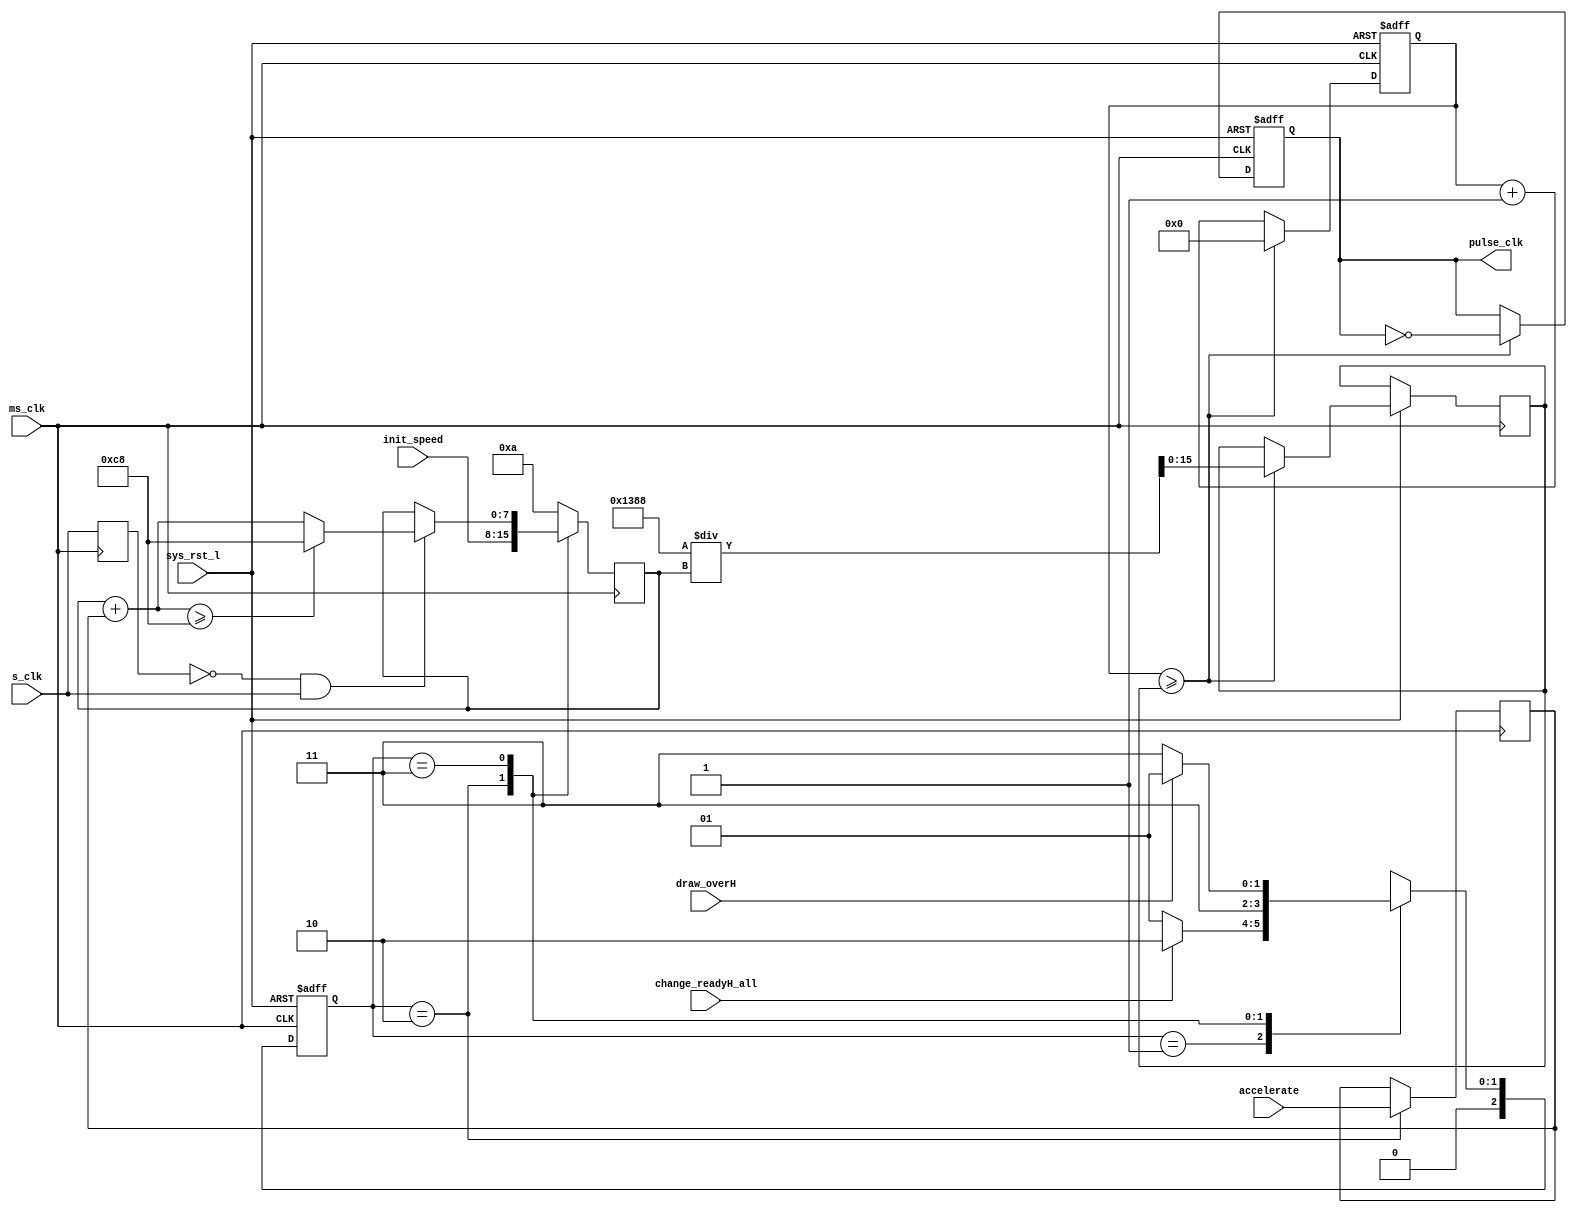

module speed_clk(//sync input
				sys_rst_l,
				//clock input
				ms_clk,
				s_clk,
				//data input
				init_speed,
				accelerate,
				change_readyH_all,
				draw_overH,
				//clock output
				pulse_clk
);

parameter	CLK		= 20000;
parameter	FREQ	= CLK / 4;

parameter	IDLE_SPEED = 10;
parameter	MAX_SPEED = 200;

parameter	LO 		= 1'b0,
          	HI		= 1'b1,
 		  	X		= 1'bx;
			
parameter	r_IDLE 		= 3'b001,
			r_INIT		= 3'b010,
         	r_WORK  	= 3'b011;

reg		[2:0]		state;
reg		[2:0]		next_state;

input			sys_rst_l;

input			ms_clk;
input			s_clk;

input	[7:0]	init_speed;
input	[7:0]	accelerate;
input			change_readyH_all;
input			draw_overH;

output			pulse_clk;

reg				pulse_clk;
reg		[7:0]	speed;
reg		[7:0]	r_acc;
reg		[15:0]	r_clk_div;
reg		[15:0]	clk_div;
reg		[15:0]	div_cnt;
reg				pre_s_clk;

always @ (posedge ms_clk or negedge sys_rst_l) begin //
	if(~sys_rst_l)
		state <= r_IDLE;
	else
		state <= next_state;
end

always @ ( state or change_readyH_all or draw_overH ) begin
	
	next_state = X;
		
    case(state)
	
		r_IDLE: begin
			if ( change_readyH_all )
				next_state = r_INIT;
			else
				next_state = r_IDLE;
		end
		
		r_INIT: begin
			next_state = r_WORK;
		end
		
		r_WORK: begin
			if ( draw_overH )
				next_state = r_IDLE;
			else
				next_state = r_WORK;
		end

    endcase
end

 
always @ (posedge ms_clk) begin

	case(state)

		r_IDLE: begin
			speed = IDLE_SPEED;
		end
		
		r_INIT: begin
			speed = init_speed;
			r_acc = accelerate;
		end
		
		r_WORK: begin
			if ( (!pre_s_clk) && s_clk ) begin 
				speed = speed + r_acc;
				if (speed >= MAX_SPEED)
					speed = MAX_SPEED;
			else
				speed = speed;
			end	
		end
		
		default: begin
			speed = IDLE_SPEED;
		end
	endcase
	
	pre_s_clk <= s_clk; 

end

always @ (speed) begin
	r_clk_div <= FREQ / speed;
end

always @(posedge ms_clk or negedge sys_rst_l)begin
	if (~sys_rst_l) begin
		div_cnt  <= 0;
		pulse_clk <= 0; 
	end 
	else if (div_cnt >= clk_div) begin
		div_cnt  <= 0;
		pulse_clk <= ~pulse_clk;
		clk_div	<=	r_clk_div;
	end 
	else begin
		div_cnt  <= div_cnt + 1;
		pulse_clk <= pulse_clk;
	end
end


endmodule